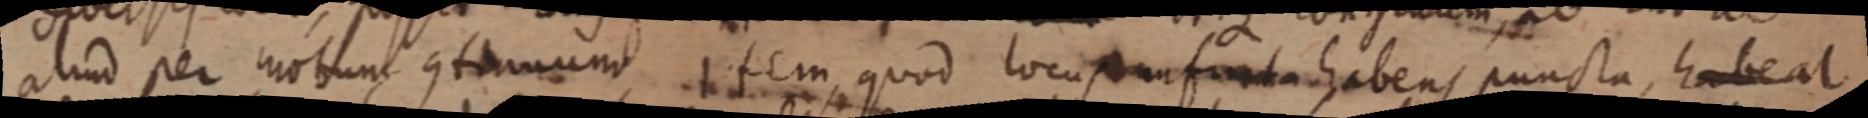
aliud per motum continuum Item, quod locus uniformita habens puncta, habeat